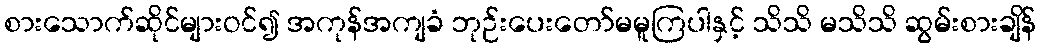
စားသောက်ဆိုင်များဝင်၍ အကုန်အကျခံ ဘုဉ်းပေးတော်မမူကြပါနှင့် သိသိ မသိသိ ဆွမ်းစားချိန်